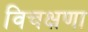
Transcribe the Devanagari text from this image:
विचक्षणा